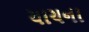
યાચના